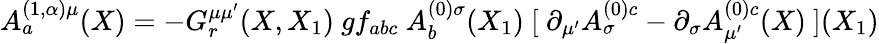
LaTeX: A_{a}^{(1,\alpha)\mu}(X)=-G_{r}^{\mu\mu^{\prime}}(X,X_{1})\ gf_{abc}\ A_{b}^{(0)\sigma}(X_{1})\ [\ \partial_{\mu^{\prime}}A_{\sigma}^{(0)c}-\partial_{\sigma}A_{\mu^{\prime}}^{(0)c}(X)\ ](X_{1})